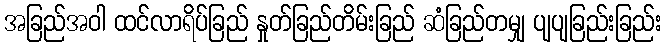
အခြည်အဝါ ထင်လာရိပ်ခြည် နှုတ်ခြည်တိမ်းခြည် ဆံခြည်တမျှ ပျပျခြည်းခြည်း